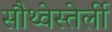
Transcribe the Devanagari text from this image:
सौथ्वेस्तेर्ली